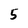
Character: 5